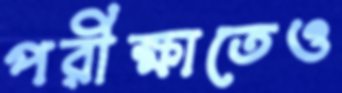
পরীক্ষাতেও